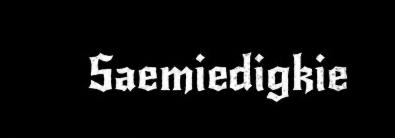
Saemiedigkie